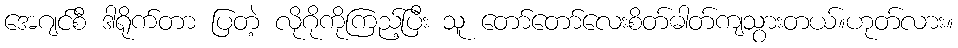
အေဂျင်စီ ဒါရိုက်တာ ပြတဲ့ လိုဂိုကိုကြည့်ပြီး သူ တော်တော်လေးစိတ်ဓါတ်ကျသွားတယ်။ဟုတ်လား။